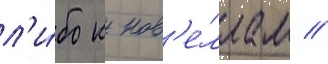
л'и́бо к нов'е́ллам //